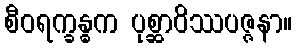
စီဝရက္ခန္ဓက ပုစ္ဆာဝိဿပဇ္ဇနာ။